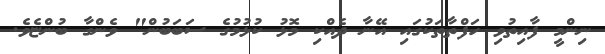
ނިންމީ ފާއިތުވި ހަފްތާތަކުގައި އޭނާ ދެއްކި މޮޅު ކުޅުމުގެ ސަބަބުން" ވެންގާ ބުންޏެވެ.